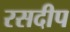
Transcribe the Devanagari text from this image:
रसदीप